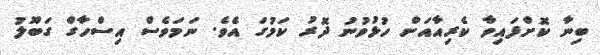
ބިނާ ކޮށްފައިވާ ކެރިއާއަށް ހުޅުވުނު ދޮރު ކަމުގަ އެވެ. ނަމަވެސް އިސްހާގް ގަބޫލު